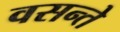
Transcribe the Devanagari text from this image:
वसन्ते